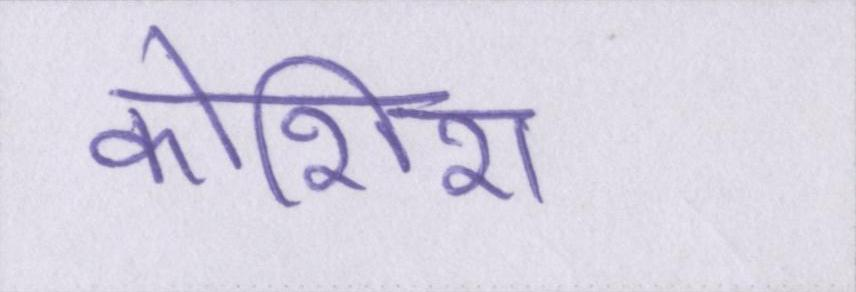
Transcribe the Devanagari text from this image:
कोशिश